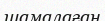
шамалаған